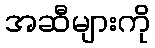
အဆီများကို